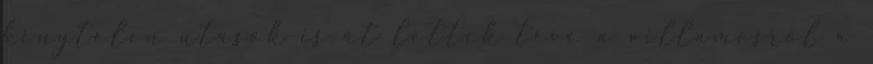
kénytelen utasok is át lettek téve a villamosról a